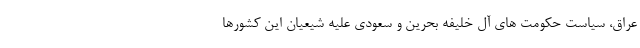
عراق، سیاست حکومت های آل خلیفه بحرین و سعودی علیه شیعیان این کشورها